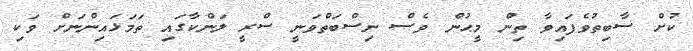
ކުށް ސާބިތުވެފައިވާ ތިން މީޙުން ވެސް ނިސްބަތްވަނީ ސްރީ ލަންކާގައި ތަމަޅައިންނަށް ވަކި